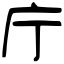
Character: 庁